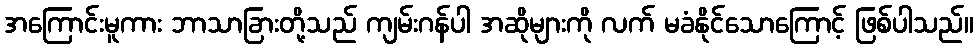
အကြောင်းမူကား ဘာသာခြားတို့သည် ကျမ်းဂန်ပါ အဆိုများကို လက် မခံနိုင်သောကြောင့် ဖြစ်ပါသည်။